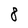
Character: 8